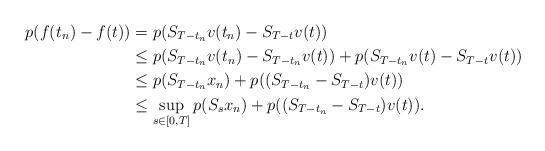
LaTeX: \begin{align*} p(f(t_{n})-f(t))&=p(S_{T-t_{n}}v(t_{n})-S_{T-t}v(t))\\&\leq p(S_{T-t_{n}}v(t_{n})-S_{{T}-t_{n}}v(t))+p(S_{T-t_{n}}v(t)-S_{T-t}v(t))\\&\leq p(S_{T-t_{n}}x_{n})+p((S_{T-t_{n}}-S_{T-t})v(t))\\&\leq \sup_{s\in[0,T]} p(S_{s}x_{n})+p((S_{T-t_{n}}-S_{T-t})v(t)).\end{align*}